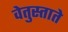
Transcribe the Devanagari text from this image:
वेतुस्ताते